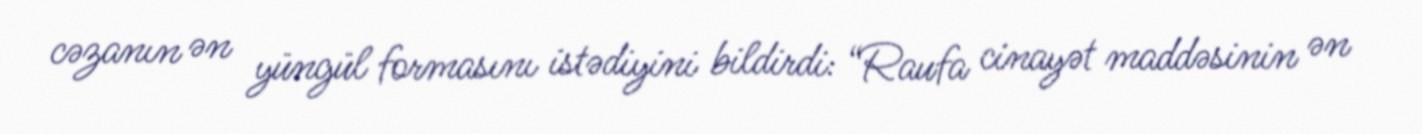
cəzanın ən yüngül formasını istədiyini bildirdi: “Raufa cinayət maddəsinin ən